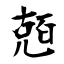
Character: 兡